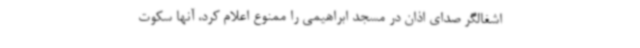
اشغالگر صدای اذان در مسجد ابراهیمی را ممنوع اعلام کرد، آنها سکوت